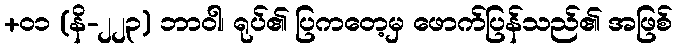
+၀၁ (နိ-၂၂၃) ဘာဝါ၊ ရုပ်၏ ပြကတေ့မှ ဖောက်ပြန်သည်၏ အဖြစ်